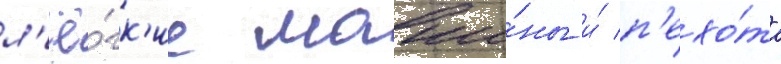
л'ё́гк'ие маши́ны и́ п'ехо́та